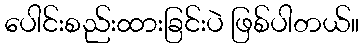
ပေါင်းစည်းထားခြင်းပဲ ဖြစ်ပါတယ်။